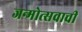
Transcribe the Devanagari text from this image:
जन्मोत्सवाची